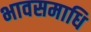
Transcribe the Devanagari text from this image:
भावसमाधि